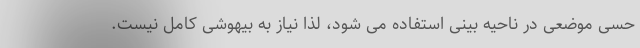
حسی موضعی در ناحیه بینی استفاده می شود، لذا نیاز به بیهوشی کامل نیست.